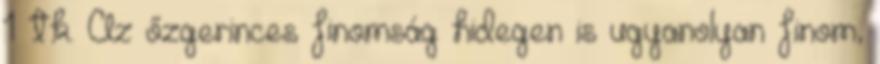
1 tk. Az őzgerinces finomság hidegen is ugyanolyan finom,